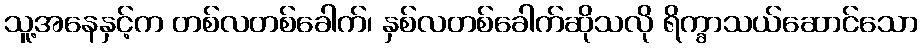
သူ့အနေနှင့်က တစ်လတစ်ခေါက်၊ နှစ်လတစ်ခေါက်ဆိုသလို ရိက္ခာသယ်ဆောင်သော